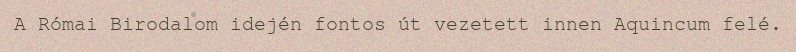
A Római Birodalom idején fontos út vezetett innen Aquincum felé.